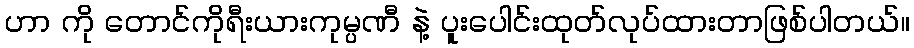
ဟာ ကို တောင်ကိုရီးယားကုမ္ပဏီ နဲ့ ပူးပေါင်းထုတ်လုပ်ထားတာဖြစ်ပါတယ်။